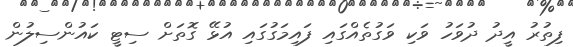
ފިތުރު އީދު ދުވަހު ވަކި ވަގުތެއްގައި ފައިމަގުގައި އުޅޭ ގޮތަށް ސިޓީ ކައުންސިލުން